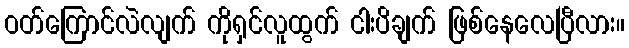
ဝတ်ကြောင်လဲလျက် ကိုရှင်လူထွက် ငါးပိချက် ဖြစ်နေလေပြီလား။